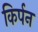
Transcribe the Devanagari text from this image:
किर्पन